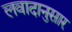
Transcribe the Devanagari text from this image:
लवादानुसार